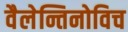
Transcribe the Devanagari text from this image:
वैलेन्तिनोविच